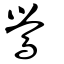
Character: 鷪